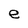
Character: e